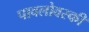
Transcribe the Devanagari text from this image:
पावलोवस्की